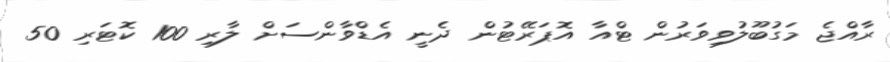
ރާއްޖެ މަގުބޫލުވިވަރުން ޓްއާ އޮޕަރޭޓުން ދެނީ އެޑްވާންސަށް ލާރި 100 ކޮޓަރި 50